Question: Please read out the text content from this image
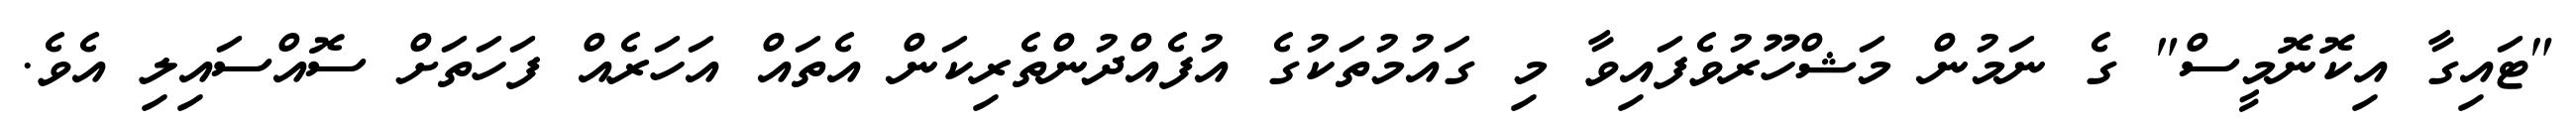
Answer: "ޓައިގާ އިކޮނޮމީސް" ގެ ނަމުން މަޝްހޫރުވެފައިވާ މި ގައުމުތަކުގެ އުފެއްދުންތެރިކަން އެތައް އަހަރެއް ފަހަތަށް ސޮއްސައިލި އެވެ.